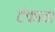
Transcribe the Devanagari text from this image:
टंकाचा